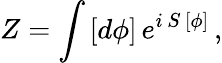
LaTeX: Z=\int\, [d\phi]\, e^{i\, S\, [\phi]}\, ,